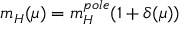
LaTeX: m _ { H } ( \mu ) = m _ { H } ^ { p o l e } ( 1 + \delta ( \mu ) )